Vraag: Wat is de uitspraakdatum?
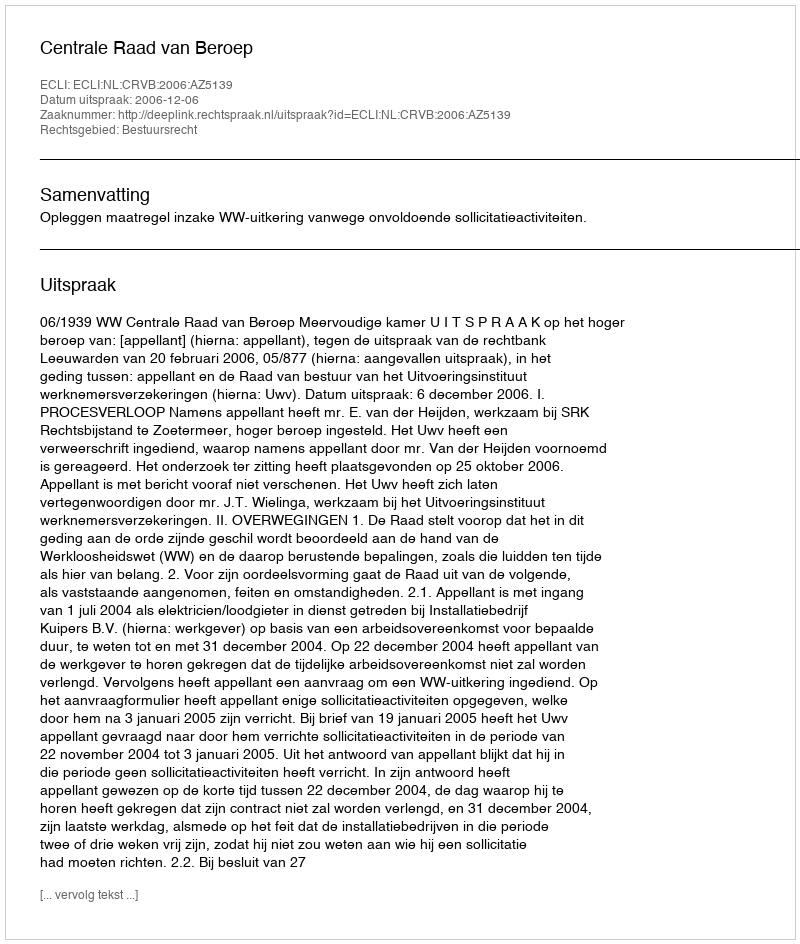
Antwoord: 2006-12-06